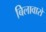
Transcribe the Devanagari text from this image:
बिलावारों